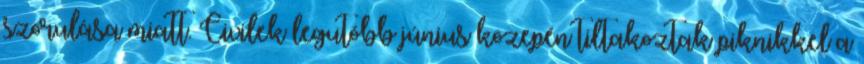
szorulása miatt. Civilek legutóbb június közepén tiltakoztak piknikkel a